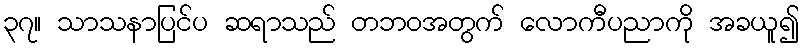
၃၇။ သာသနာပြင်ပ ဆရာသည် တဘဝအတွက် လောကီပညာကို အခယူ၍